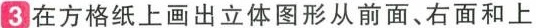
3在方格纸上画出立体图形从前面、右面和上